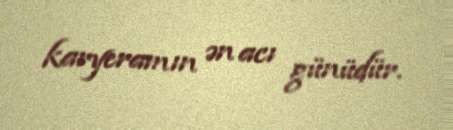
karyeramın ən acı günüdür.